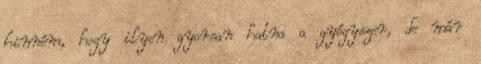
hinném, hogy ilyen gyorsan hatna a gyógyszer, de már